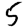
Digit: 5